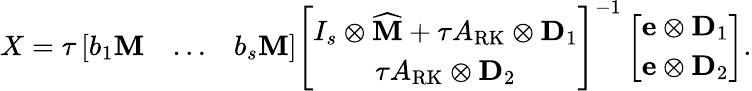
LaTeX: X=\tau\left[\begin{array}{ccc}{b_{1}\mathbf{M}}&{\ldots}&{b_{s}\mathbf{M}}\end{array}\right]\left[\begin{array}{c}{I_{s}\otimes\widehat{\mathbf{M}}+\tau A_{\mathrm{RK}}\otimes\mathbf{D}_{1}}\\ {\tau A_{\mathrm{RK}}\otimes\mathbf{D}_{2}}\end{array}\right]^{-1}\left[\begin{array}{c}{\mathbf{e}\otimes\mathbf{D}_{1}}\\ {\mathbf{e}\otimes\mathbf{D}_{2}}\end{array}\right].